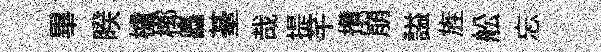
畢睽櫨槨矗䑓哉提芊攢崩謚旌舩忘